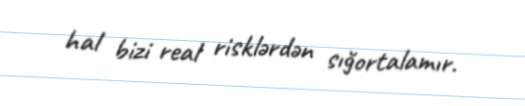
hal bizi real risklərdən sığortalamır.